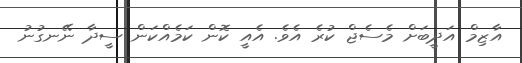
އާޒިމް އަދީބަށް މެސެޖް ކުރެ އެވެ. އެއީ ކޮން ކަމެއްކަން ސީދާ ނޭނގުނު